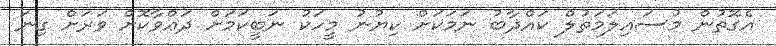
އެގޮތުން މުސައިލަމަތުލް ކައްޛާބު ނަމަކަށް ކިޔުނު މީހަކު ނަބީކަމަށް ދަޢްވާކޮށް ވަރަށް ގިނަ